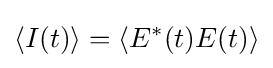
\langle I(t)\rangle =\langle E^{*}(t)E(t)\rangle